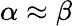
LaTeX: \alpha\approx\beta